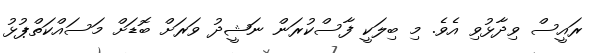
ރައީސް ވިދާޅުވި އެވެ. މި ބިލަކީ ފާސްކުރަން ނަޝީދު ވަރަށް ބޮޑަށް މަސައްކަތްޕުޅު